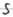
Text: S